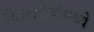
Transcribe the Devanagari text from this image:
विश्वेदेवांमध्ये